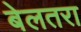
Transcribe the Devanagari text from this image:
बेलतरा